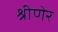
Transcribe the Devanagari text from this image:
श्रीणेर